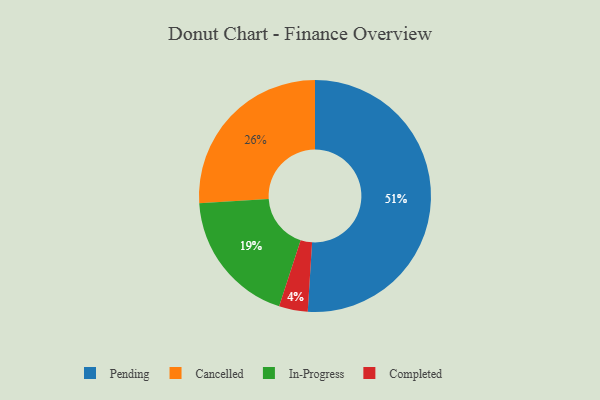
{"axis": {"x": "Category", "y": "Percentage"}, "legend": ["Cancelled", "Completed", "In-Progress", "Pending"], "data": [{"x": "Pending", "y": 51, "type": "Pending"}, {"x": "Completed", "y": 4, "type": "Completed"}, {"x": "In-Progress", "y": 19, "type": "In-Progress"}, {"x": "Cancelled", "y": 26, "type": "Cancelled"}]}